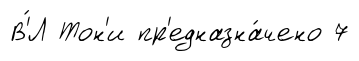
В'́Л Тон'и пр'едназна́чено 7